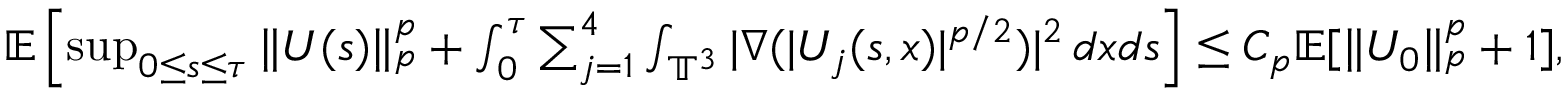
\begin{array} { r l } & { \mathbb E \left[ \operatorname* { s u p } _ { 0 \leq s \leq \tau } \| U ( s ) \| _ { p } ^ { p } + \int _ { 0 } ^ { \tau } \sum _ { j = 1 } ^ { 4 } \int _ { \mathbb T ^ { 3 } } | \nabla ( | U _ { j } ( s , x ) | ^ { p / 2 } ) | ^ { 2 } \, d x d s \right] \leq C _ { p } \mathbb E [ \| U _ { 0 } \| _ { p } ^ { p } + 1 ] , } \end{array}